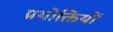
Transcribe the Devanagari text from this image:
प्रयोक्तियों